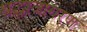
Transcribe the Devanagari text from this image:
श्रद्धाजागरण